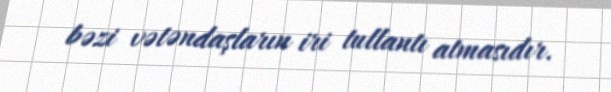
bəzi vətəndaşların iri tullantı atmasıdır.